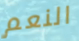
النعم